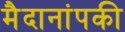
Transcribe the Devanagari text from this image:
मैदानांपकी